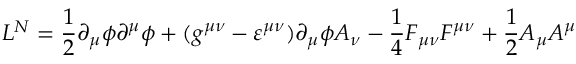
{ \cal { L } } ^ { N } = \frac { 1 } { 2 } \partial _ { \mu } \phi \partial ^ { \mu } \phi + ( g ^ { \mu \nu } - \varepsilon ^ { \mu \nu } ) \partial _ { \mu } \phi A _ { \nu } - \frac { 1 } { 4 } F _ { \mu \nu } F ^ { \mu \nu } + \frac { 1 } { 2 } A _ { \mu } A ^ { \mu }